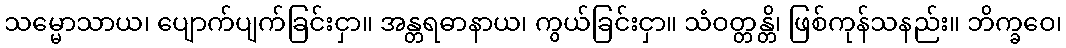
သမ္မောသာယ၊ ပျောက်ပျက်ခြင်းငှာ။ အန္တရဓာနာယ၊ ကွယ်ခြင်းငှာ။ သံဝတ္တန္တိ၊ ဖြစ်ကုန်သနည်း။ ဘိက္ခဝေ၊